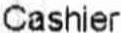
CASHIER